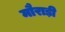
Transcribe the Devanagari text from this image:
मौराड़ी